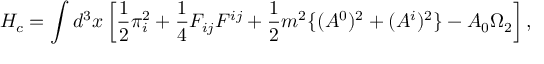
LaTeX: H _ { c } = \int d ^ { 3 } x \left[ \frac { 1 } { 2 } \pi _ { i } ^ { 2 } + \frac { 1 } { 4 } F _ { i j } F ^ { i j } + \frac { 1 } { 2 } m ^ { 2 } \{ ( A ^ { 0 } ) ^ { 2 } + ( A ^ { i } ) ^ { 2 } \} - A _ { 0 } \Omega _ { 2 } \right] ,